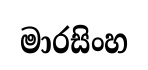
මාරසිංහ